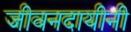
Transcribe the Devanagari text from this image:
जीवनदायीनी